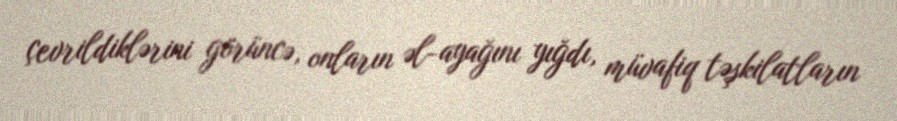
çevrildiklərini görüncə, onların əl-ayağını yığdı, müvafiq təşkilatların